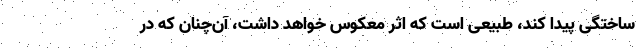
ساختگی پیدا کند، طبیعی است که اثر معکوس خواهد داشت، آن‌چنان که در